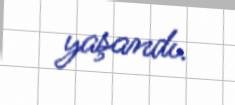
yaşandı.